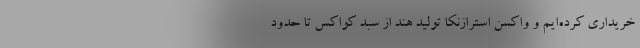
خریداری کرده‌ایم و واکسن استرازنکا تولید هند از سبد کواکس تا حدود